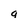
Character: g